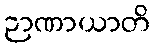
ဉာဏာယာတိ